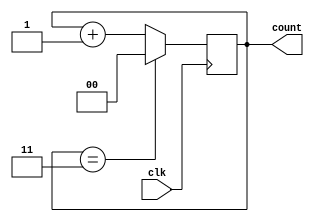
`timescale 1ns / 1ps
//////////////////////////////////////////////////////////////////////////////////
// Company: 
// Engineer: 
// 
// Design Name: 
// Module Name: Counter4
// Project Name: 
// Target Devices: 
// Tool Versions: 
// Description: 
// 
// Dependencies: 
// 
// Revision:
// Revision 0.01 - File Created
// Additional Comments:
// 
//////////////////////////////////////////////////////////////////////////////////


module counter4(
    input clk,
    output reg[1:0] count
    );
    always @(posedge clk) begin
            if(count == 3)
                count <= 0;
            else begin
                count <= count + 1; //  1 
            end
    end
endmodule